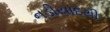
નડીયાદથી